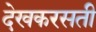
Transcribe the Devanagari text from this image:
देखकरसती